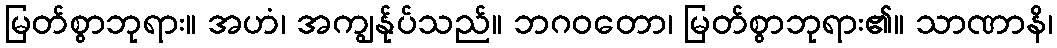
မြတ်စွာဘုရား။ အဟံ၊ အကျွန်ုပ်သည်။ ဘဂဝတော၊ မြတ်စွာဘုရား၏။ သာဏာနိ၊